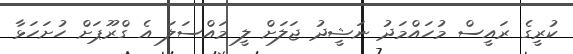
ކުރީގެ ރައީސް މުހައްމަދު ނަޝީދު ޖަލަށް ލީ މައްސަލަ އެ ގްރޫޕަށް ހުށަހަޅާ